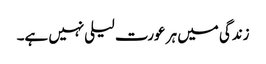
زندگی میں ہر عورت لیلی نہیں ہے۔